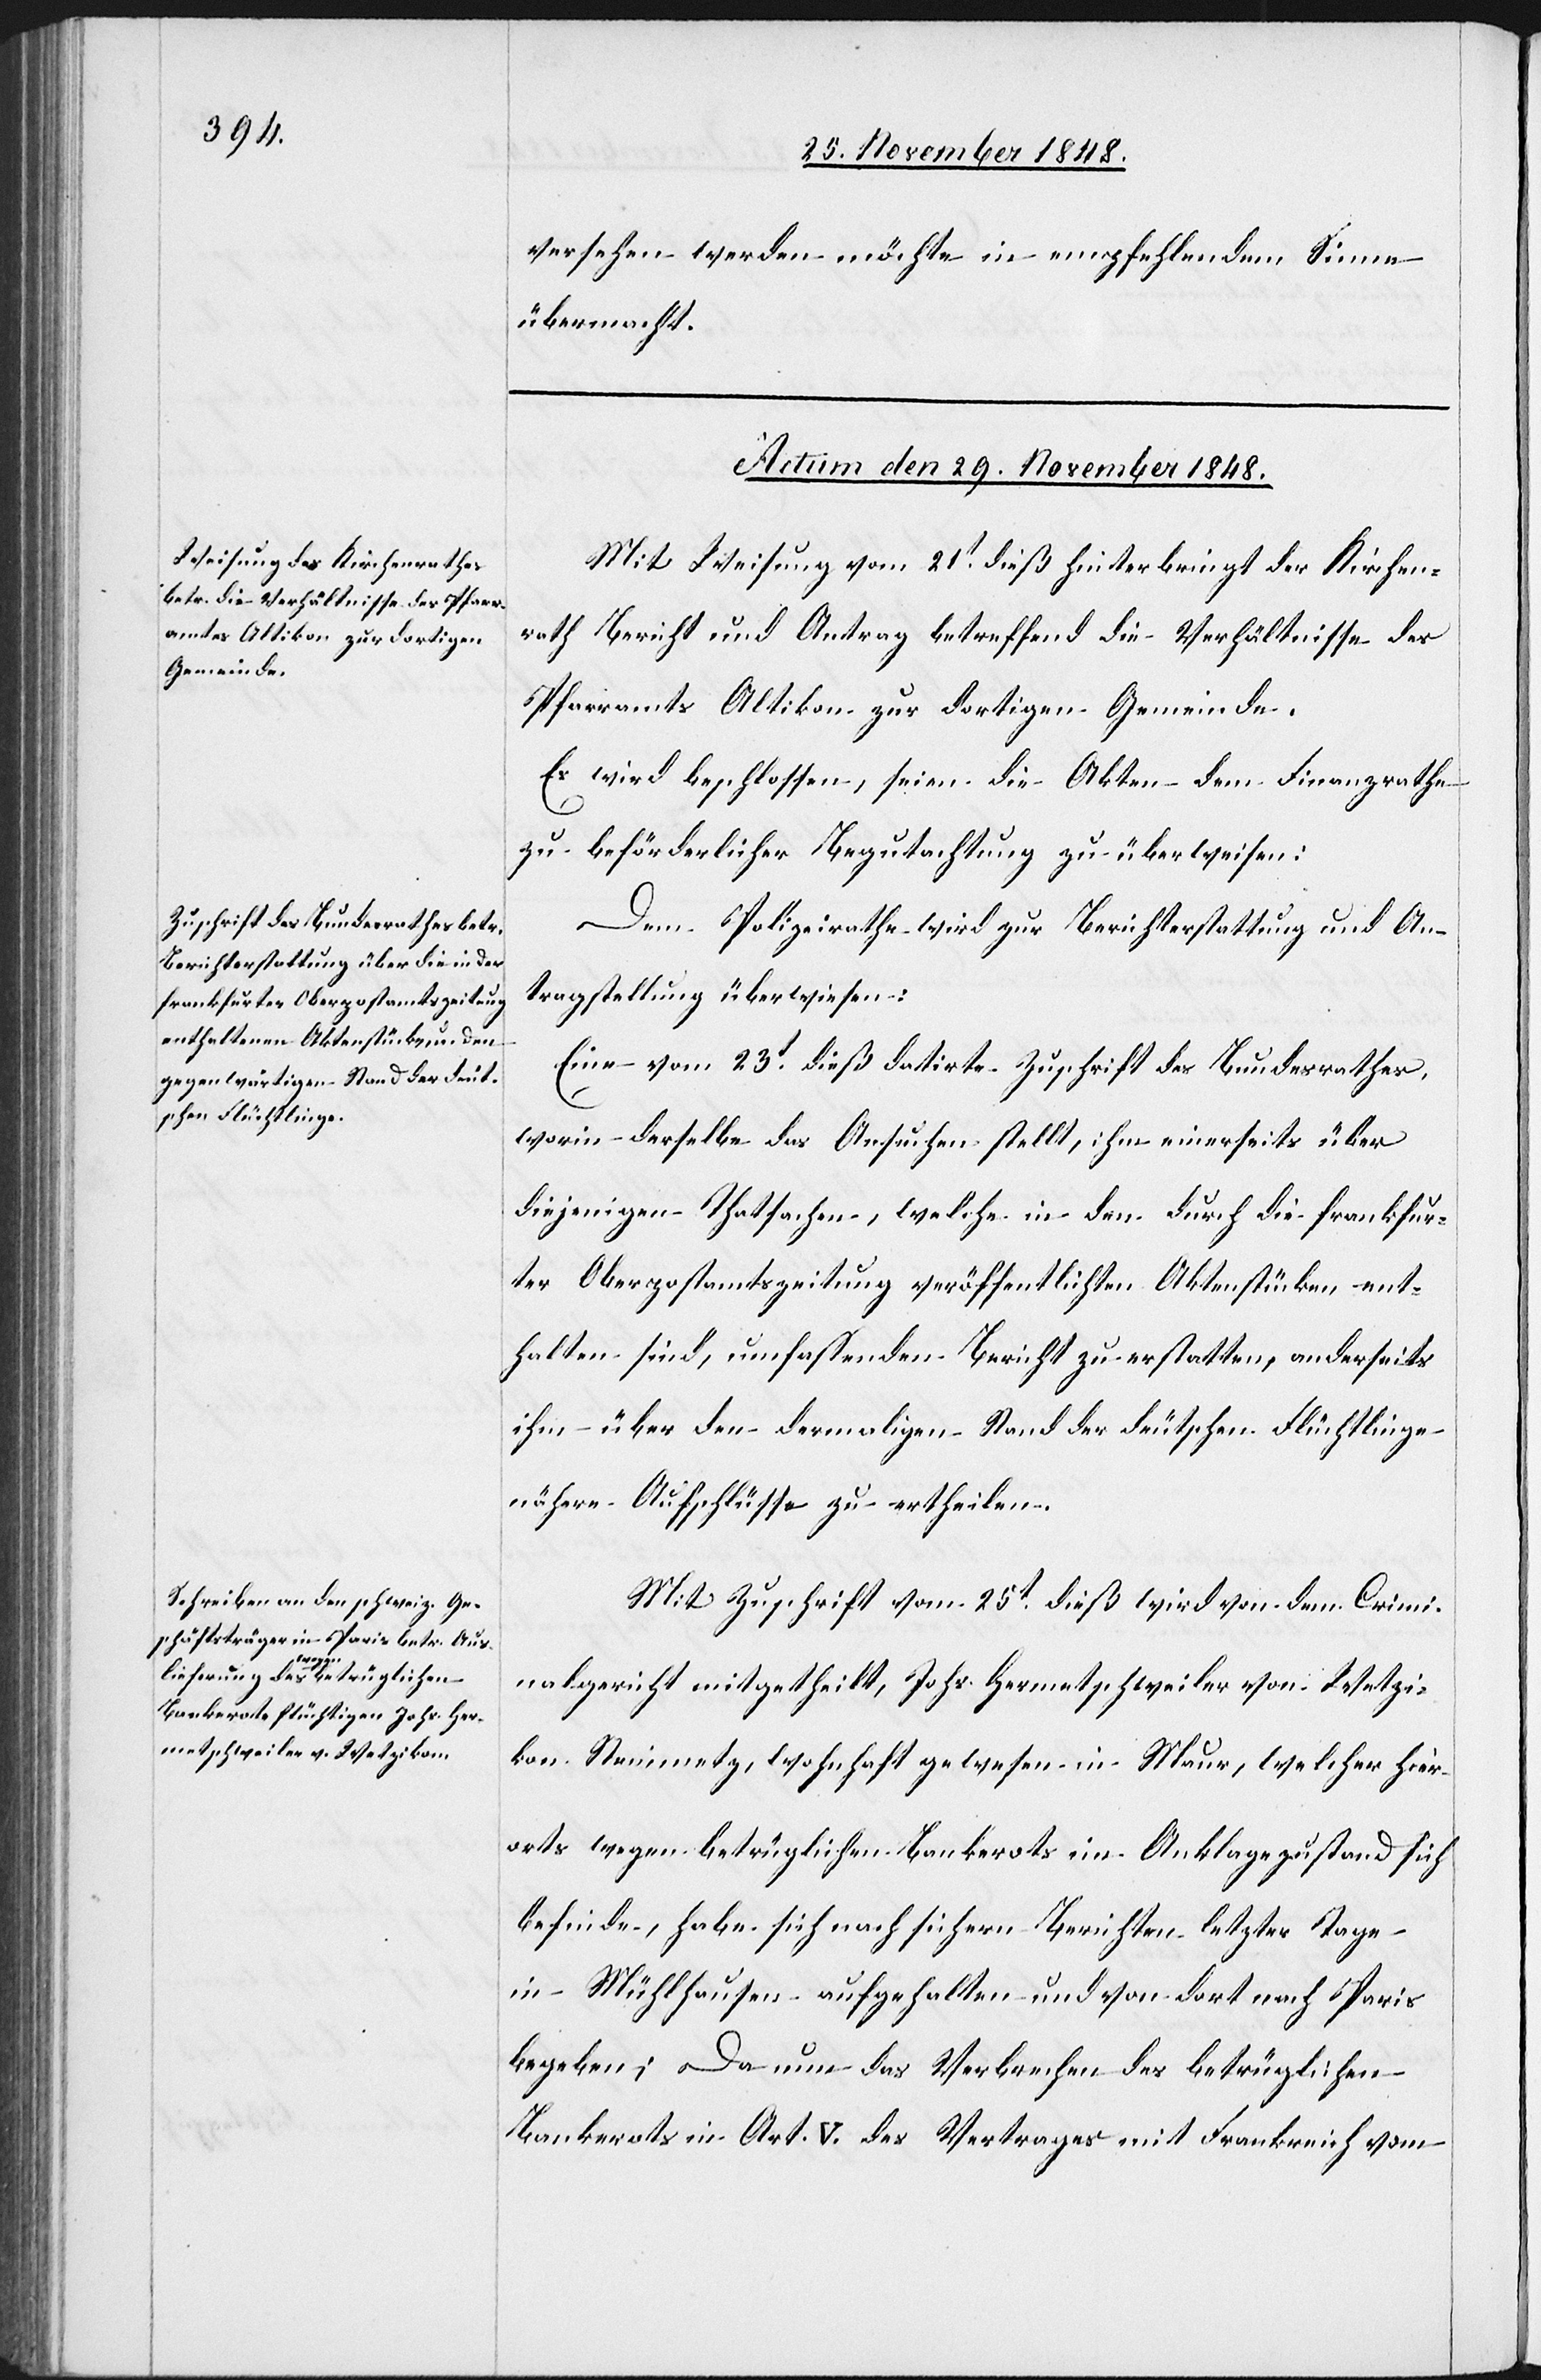
versehen werden möchte in empfehlendem Sinne
übermacht.
Actum den 29. November 1848.]
Mit Weisung vom 21t dieß hinterbringt der Kirchen¬
rath Bericht und Antrag betreffend die Verhältnisse des
Pfarramts Altikon zur dortigen Gemeinde.
Es wird beschlossen, seien die Akten dem Finanzrathe
zu beförderlicher Begutachtung zu überweisen.
Dem Polizeirathe wird zur Berichterstattung und An¬
tragstellung überwiesen:
Eine vom 23t dieß datirte Zuschrift des Bundesrathes,
worin derselbe das Ansuchen stellt, ihm einerseits über
diejenigen Thatsachen, welche in den durch die frankfur¬
ter Oberpostamtszeitung veröffentlichten Aktenstücken ent¬
halten sind, umfassenden Bericht zu erstatten, anderseits
ihm über den dermaligen Stand der deutschen Flüchtlinge
nähere Aufschlüsse zu ertheilen.
Mit Zuschrift vom 25t dieß wird von dem Crimi¬
nalgericht mitgetheilt, Johs. Hermetschweiler von Wetzi¬
kon Steinmetz, wohnhaft gewesen in Maur, welcher hier¬
orts wegen betrüglichen Bankerots im Anklagezustand sich
befinde, habe sich nach sichern Berichten letzter Tage
in Mühlhausen aufgehalten und von dort nach Paris
begeben; Da nun das Verbrechen des betrüglichen
Bankerots in Art. V. des Vertrages mit Frankreich vom